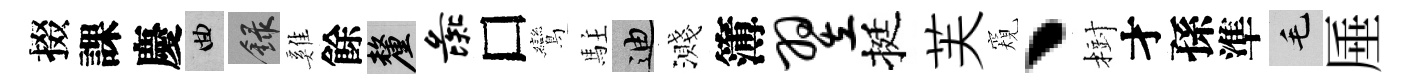
掇課慶曲録雞餘厘彘□鸞駐迪濺簿翌挺芙窺丶𣗳才孫準毛厜